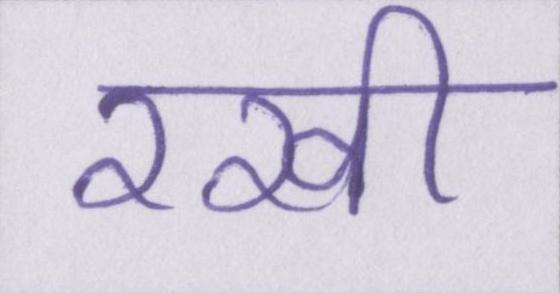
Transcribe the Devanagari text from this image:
रखी